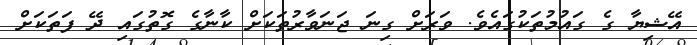
އޭޝިޔާ ގެ ގައުމުތަކުގައެވެ. ވަރަށް ގިނަ ޖަނަވާރުތަކަށް ކާނާގެ ގޮތުގައި ދޭ ފަތަކަށް